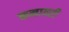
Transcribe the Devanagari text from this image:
कनावरी